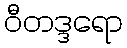
ဝီတဒ္ဒရော